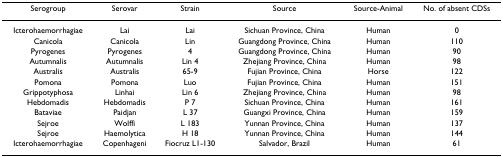
<table><thead><tr><td><b>Serogroup</b></td><td><b>Serovar</b></td><td><b>Strain</b></td><td><b>Source</b></td><td><b>Source-Animal</b></td><td><b>No. of absent CDSs</b></td></tr></thead><tbody><tr><td>Icterohaemorrhagiae</td><td>Lai</td><td>Lai</td><td>Sichuan Province, China</td><td>Human</td><td>0</td></tr><tr><td>Canicola</td><td>Canicola</td><td>Lin</td><td>Guangdong Province, China</td><td>Human</td><td>110</td></tr><tr><td>Pyrogenes</td><td>Pyrogenes</td><td>4</td><td>Guangdong Province, China</td><td>Human</td><td>90</td></tr><tr><td>Autumnalis</td><td>Autumnalis</td><td>Lin 4</td><td>Zhejiang Province, China</td><td>Human</td><td>98</td></tr><tr><td>Australis</td><td>Australis</td><td>65-9</td><td>Fujian Province, China</td><td>Horse</td><td>122</td></tr><tr><td>Pomona</td><td>Pomona</td><td>Luo</td><td>Fujian Province, China</td><td>Human</td><td>151</td></tr><tr><td>Grippotyphosa</td><td>Linhai</td><td>Lin 6</td><td>Zhejiang Province, China</td><td>Human</td><td>98</td></tr><tr><td>Hebdomadis</td><td>Hebdomadis</td><td>P 7</td><td>Sichuan Province, China</td><td>Human</td><td>161</td></tr><tr><td>Bataviae</td><td>Paidjan</td><td>L 37</td><td>Guangxi Province, China</td><td>Human</td><td>159</td></tr><tr><td>Sejroe</td><td>Wolffi</td><td>L 183</td><td>Yunnan Province, China</td><td>Human</td><td>137</td></tr><tr><td>Sejroe</td><td>Haemolytica</td><td>H 18</td><td>Yunnan Province, China</td><td>Human</td><td>144</td></tr><tr><td>Icterohaemorrhagiae</td><td>Copenhageni</td><td>Fiocruz L1-130</td><td>Salvador, Brazil</td><td>Human</td><td>61</td></tr></tbody></table>